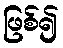
ဖြစ်၍